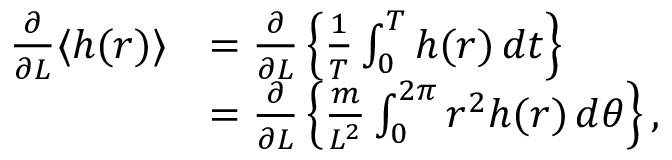
{ \begin{array} { r l } { { \frac { \partial } { \partial L } } \langle h ( r ) \rangle } & { = { \frac { \partial } { \partial L } } \left\{ { \frac { 1 } { T } } \int _ { 0 } ^ { T } h ( r ) \, d t \right\} } \\ & { = { \frac { \partial } { \partial L } } \left\{ { \frac { m } { L ^ { 2 } } } \int _ { 0 } ^ { 2 \pi } r ^ { 2 } h ( r ) \, d \theta \right\} , } \end{array} }